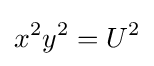
x^{2}y^{2}=U^{2}